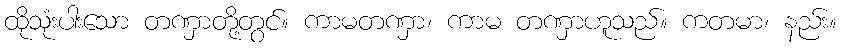
ထိုသုံးပါးသော တဏှာတို့တွင်။ ကာမတဏှာ၊ ကာမ တဏှာဟူသည်။ ကတမာ၊ နည်း။